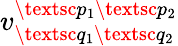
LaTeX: v_{\textsc{q}_{1}\textsc{q}_{2}}^{\textsc{p}_{1}\textsc{p}_{2}}